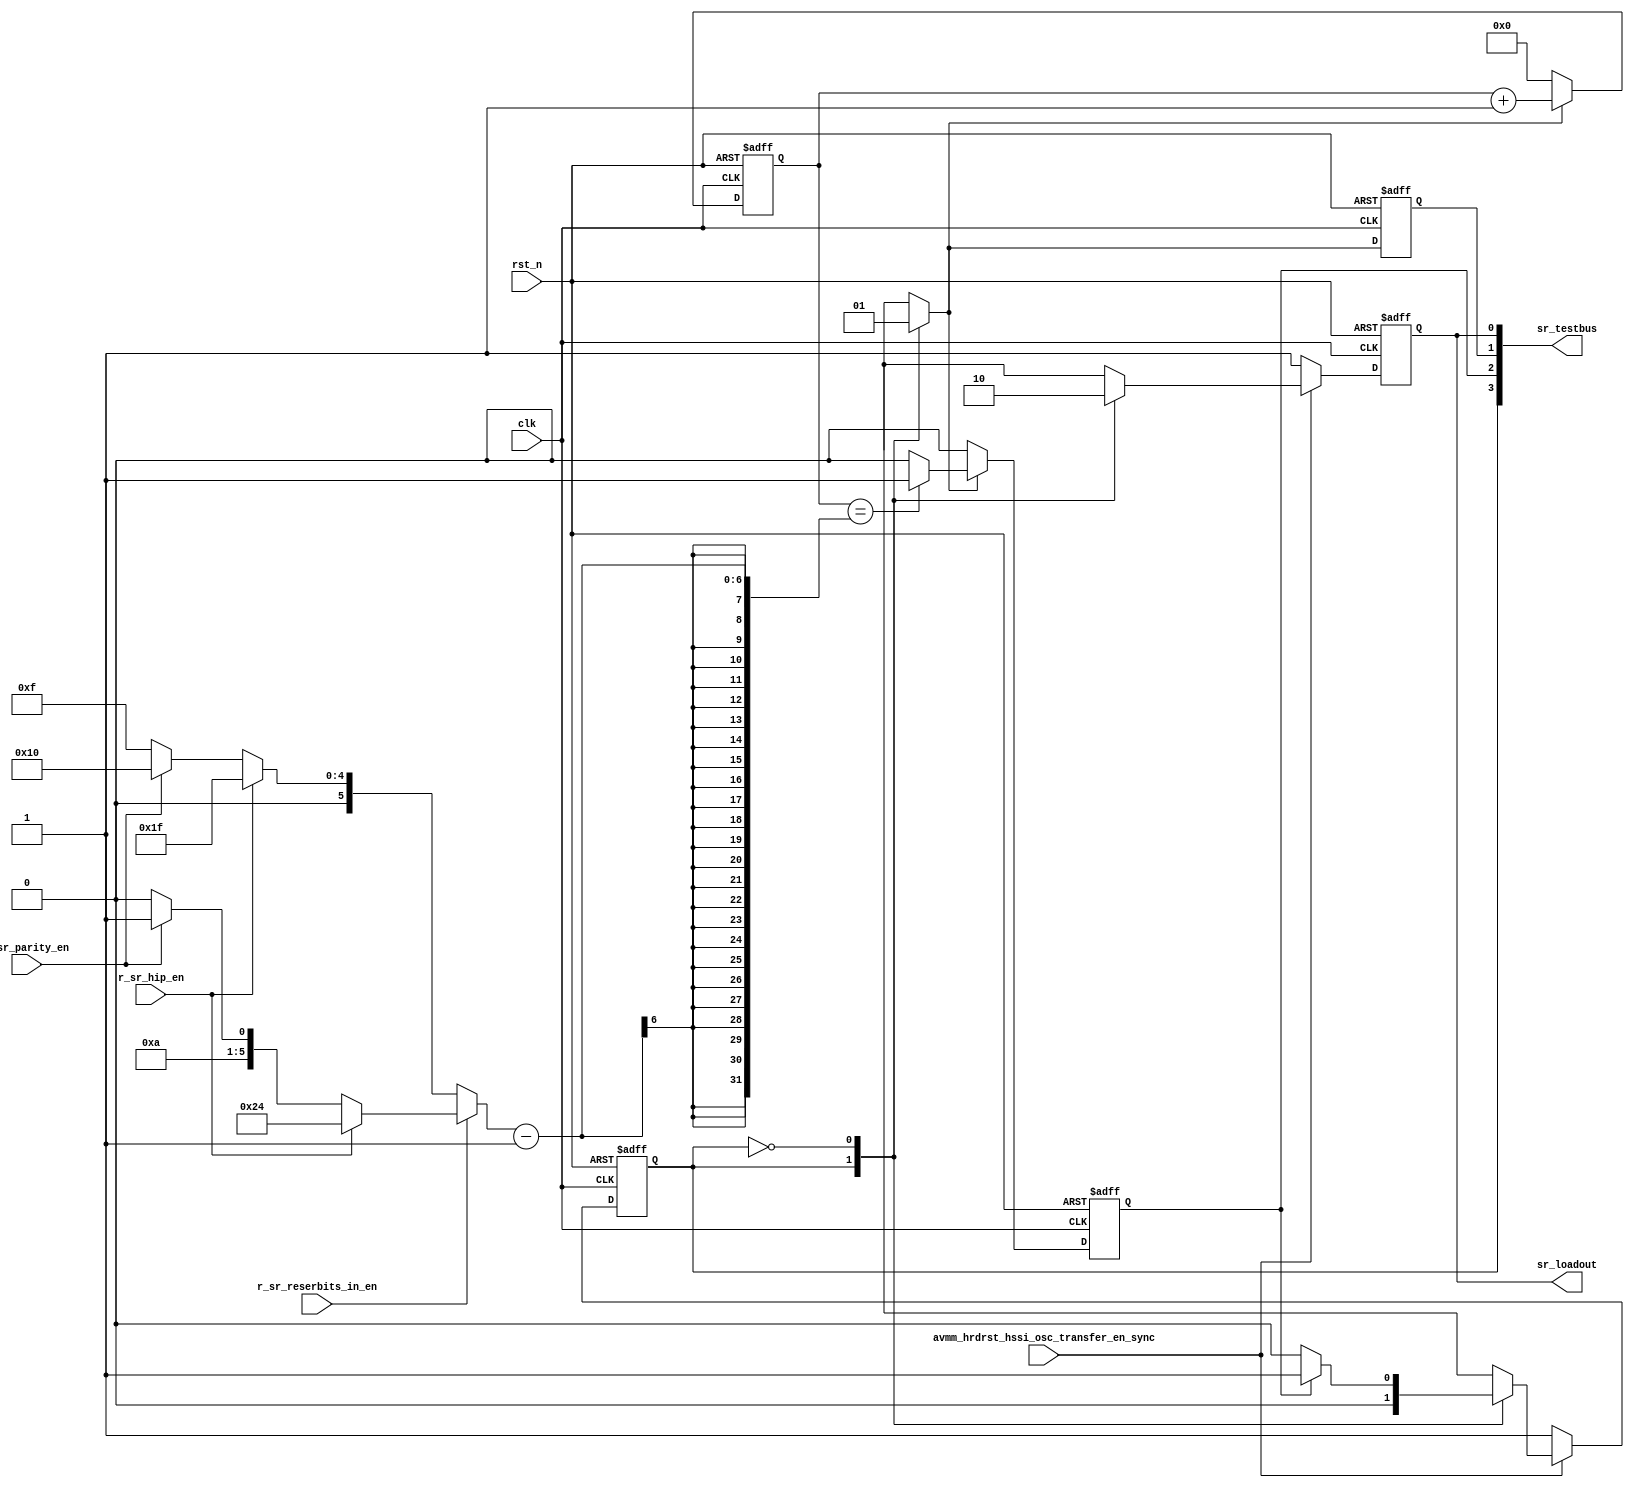
// This program was cloned from: https://github.com/chipsalliance/aib-phy-hardware
// License: Apache License 2.0

// SPDX-License-Identifier: Apache-2.0
// Copyright (C) 2019 Intel Corporation. 
module c3aibadapt_sr_sm 
 #(
    parameter NUM_OF_PCS_CHAIN   = 7'd16,
    parameter NUM_OF_HIP_CHAIN   = 7'd16,
    parameter NUM_OF_PARITY_IN   = 7'd1,
    parameter NUM_OF_RESERVED_CHAIN_SSRIN = 7'd5
  )
(
input wire  clk,
input wire  rst_n,
input wire  r_sr_hip_en,
input wire  r_sr_parity_en,
input wire  r_sr_reserbits_in_en,
input wire  avmm_hrdrst_hssi_osc_transfer_en_sync,

output wire [3:0] sr_testbus,
output reg  sr_loadout
);


localparam SR_LOAD  = 1'b1;
localparam SR_SHIFT = 1'b0; 

reg sr_ns;
reg sr_cs;
reg sr_loadout_comb;

reg sr_counter_expired;
reg sr_count_start_comb;
reg sr_count_start;
reg  [6:0] sr_counter;
wire [6:0] sr_counter_target;

assign sr_testbus = {sr_cs, sr_counter_expired, sr_count_start, sr_loadout};

assign sr_counter_target = (!r_sr_reserbits_in_en) ? (r_sr_hip_en ? (NUM_OF_PCS_CHAIN + NUM_OF_HIP_CHAIN - 1) : !r_sr_parity_en ? (NUM_OF_PCS_CHAIN - 1) : (NUM_OF_PARITY_IN + NUM_OF_PCS_CHAIN - 1)) :
                                                     (r_sr_hip_en ? (NUM_OF_PCS_CHAIN + NUM_OF_HIP_CHAIN + NUM_OF_RESERVED_CHAIN_SSRIN - 1) : 
                                                                    !r_sr_parity_en ? (NUM_OF_PCS_CHAIN + NUM_OF_RESERVED_CHAIN_SSRIN - 1) : (NUM_OF_PARITY_IN + NUM_OF_PCS_CHAIN + NUM_OF_RESERVED_CHAIN_SSRIN - 1));


always @(*) begin
  sr_ns = sr_cs;
  sr_loadout_comb = 1'b0;
  sr_count_start_comb = 1'b0;
 
  case (sr_cs)
    SR_LOAD: 
      begin
         sr_loadout_comb      = 1'b1;
         sr_count_start_comb  = 1'b0;
         sr_ns                = SR_SHIFT;
      end
    SR_SHIFT:
      begin
         sr_loadout_comb      = 1'b0;
         sr_count_start_comb  = 1'b1;
         if (sr_counter_expired == 1'b1) 
         begin 
             sr_ns      = SR_LOAD;
         end
      end
    default: 
      begin
         sr_loadout_comb     = 1'b1;
         sr_count_start_comb = 1'b0;
         sr_ns               = SR_LOAD;
      end
  endcase
end


always @(negedge rst_n or posedge clk)
  if (rst_n == 1'b0)
    begin
       sr_loadout <= 1'b1;
       sr_cs      <= SR_LOAD;
    end
  else if (avmm_hrdrst_hssi_osc_transfer_en_sync == 1'b0)
    begin
       sr_loadout <= 1'b1;
       sr_cs      <= SR_LOAD;
    end
  else
    begin
       sr_loadout <= sr_loadout_comb;
       sr_cs      <= sr_ns;
    end

    
always @(negedge rst_n or posedge clk)
  if (rst_n == 1'b0)
    begin
      sr_counter <= 7'b000_0000;
      sr_counter_expired <= 1'b0;
      sr_count_start <= 1'b0; 
    end
  else
    begin
       sr_count_start <= sr_count_start_comb;
       if (sr_count_start_comb == 1'b1) begin
           sr_counter <= sr_counter + 7'b000_0001;
           sr_counter_expired <= (sr_counter[6:0] == (sr_counter_target[6:0]-1))? 1'b1: 1'b0;
       end
       else begin
           sr_counter <= 7'b000_0000;
           sr_counter_expired <= 1'b0;
       end
    end

endmodule